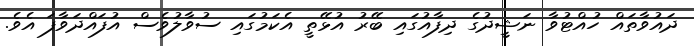
ދައުވާތައް ހުއްޓުވާ ނަޝީދުގެ ދިފާއުގައި ބޭރު އުޅޭތީ އެކަމުގައި ސުވާލުވެސް އުފައްދަވާފަ އެވެ.